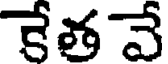
కేతవే